Insane asylums in Bengal annual reports 1876-1887 - 1876-1887
Year: 1876
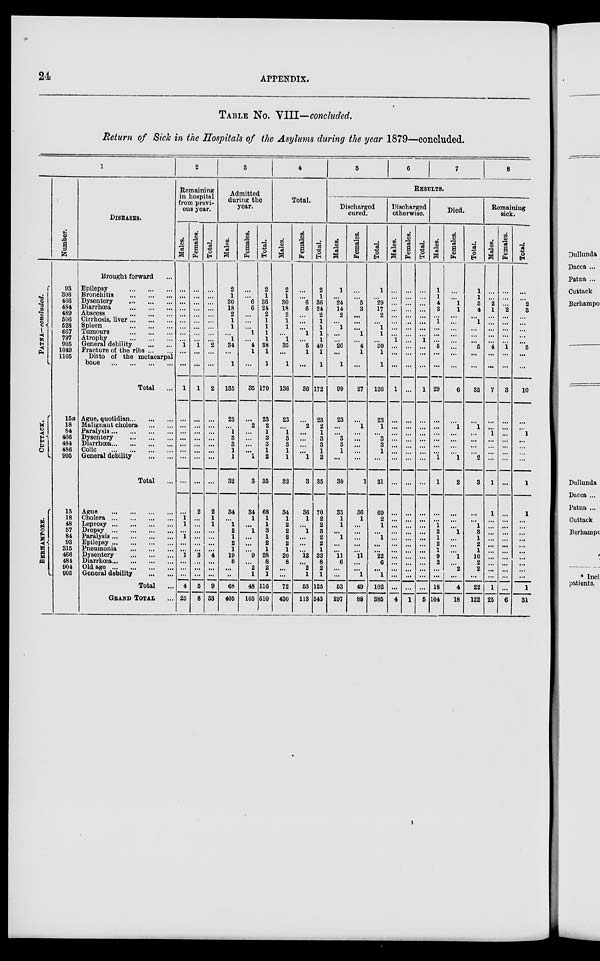
24
APPENDIX.
TABLE No. VIII—concluded.
Return of Sick in the Hospitals of the Asylums during the year 1879—concluded.
1
PATNA.—concluded.
CUTTACK.
BERHAMPORE.
Number.
93
306
466
484
489
606
628
667
797
906
1049
1105
15a
18
84
466
484
486
906
15
18
48
57
84
93
315
466
484
904
905
DISEASES.
Brought forward ...
Epilepsy
...
...
...
Bronchitis
...
...
...
Dysentery
...
...
...
Diarrhœa
...
...
...
Abscess
...
...
...
Cirrhosis, liver ... ... ...
Spleen
...
...
...
Tumours
...
...
...
Atrophy
...
...
...
General debility ... ...
Fracture of the ribs ... ...
Ditto of the metacarpal
bone
...
...
...
...
Total ...
Ague, quotidian ... ... ...
Malignant cholera
...
...
Paralysis ... ... ... ...
Dysentery
...
...
...
Diarrhœa ... ... ... ...
Colic
...
...
...
...
General debility
...
...
Total ...
Ague
...
...
...
...
Cholera
...
...
...
...
Leprosy
...
...
...
...
Dropsy
...
...
...
...
Paralysis ... ... ... ...
Epilepsy ... ... ... ...
Pneumonia ... ... ... ...
Dysentery ... ... ... ...
Diarrhœa ... ... ... ...
Old age
...
...
...
...
General
debility...
...
Total ...
GRAND TOTAL ...
2
Remaining
in hospital
from previ-
ous year.
Males.
...
...
...
...
...
...
...
...
...
1
...
...
1
...
...
...
...
...
...
...
...
...
1
1
...
1
...
...
1
...
...
...
4
25
Females.
...
...
...
...
...
...
...
...
...
1
...
...
1
...
...
...
...
...
...
...
...
2
...
...
...
...
...
...
3
...
...
...
6
8
Total.
...
...
...
...
...
...
...
...
...
2
...
...
2
...
...
...
...
...
...
...
...
2
1
1
...
...
...
...
4
...
...
...
9
33
3
Admitted
during the
year.
Males.
2
1
30
18
2
1
1
...
1
34
...
1
135
23
...
1
3
3
1
1
32
34
...
1
2
1
2
1
19
8
...
...
68
405
Females.
...
...
6
6
...
...
...
1
...
4
1
...
35
...
2
...
...
...
...
1
3
34
1
...
1
...
...
...
9
...
2
1
48
105
Total.
2
1
36
24
2
1
1
1
1
38
1
1
170
23
2
1
3
3
1
2
35
68
1
1
3
1
2
1
28
8
2
1
116
510
4
Total.
Males.
2
1
30
18
2
1
1
...
1
35
...
1
136
23
...
1
3
3
1
1
32
34
1
2
2
2
2
1
20
8
...
...
72
430
Females.
...
...
6
6
...
...
...
1
...
5
1
...
36
...
2
...
...
...
...
1
3
36
1
...
1
...
...
...
12
...
2
1
53
113
Total.
2
1
36
24
2
1
1
1
1
40
1
1
172
23
2
1
3
3
1
2
35
70
2
2
3
2
2
1
32
8
2
1
125
543
5
6
7
8
Results.
Discharged
cured.
Males.
1
...
24
14
2
...
1
...
...
26
...
1
99
23
...
...
3
3
1
...
30
33
1
1
...
1
...
...
11
6
...
...
53
297
Females.
...
...
5
3
...
...
...
1
...
4
1
...
27
...
1
...
...
...
...
...
1
36
1
...
...
...
...
...
11
...
...
1
49
88
Total.
1
...
29
17
2
...
1
1
...
30
1
1
126
23
1
...
3
3
1
...
31
69
2
1
...
1
...
...
22
6
...
1
102
385
Discharged
otherwise.
Males.
...
...
...
...
...
...
...
...
1
...
...
...
1
...
...
...
...
...
...
...
...
...
...
...
...
...
...
...
...
...
...
...
...
4
Females.
...
...
...
...
...
...
...
...
...
...
...
...
...
...
...
...
...
...
...
...
...
...
...
...
...
...
...
...
...
...
...
...
...
1
Total.
...
...
...
...
...
...
...
...
1
...
...
...
1
...
...
...
...
...
...
...
...
...
...
...
...
...
...
...
...
...
...
...
...
5
Died.
Males.
1
1
4
3
...
1
...
...
...
5
...
...
29
...
...
...
...
...
...
1
1
...
...
1
2
1
2
1
9
2
...
...
18
104
Females.
...
...
1
1
...
...
...
...
...
...
...
...
6
...
1
...
...
...
...
1
2
...
...
...
1
...
...
...
1
...
2
...
4
18
Total.
1
1
5
4
...
1
...
...
...
5
...
...
35
...
1
...
...
...
...
2
3
...
...
1
3
1
2
1
10
2
2
...
22
122
Remaining
sick.
Males.
...
...
2
1
...
...
...
...
...
4
...
...
7
...
...
1
...
...
...
...
1
1
...
...
...
...
...
...
...
...
...
...
1
25
Females.
...
...
...
2
...
...
...
...
...
1
...
...
3
...
...
...
...
...
...
...
...
...
...
...
...
...
...
...
...
...
...
...
...
6
Total.
...
...
2
3
...
...
...
...
...
5
...
...
10
...
...
1
...
...
...
...
1
1
...
...
...
...
...
...
...
...
...
...
1
31